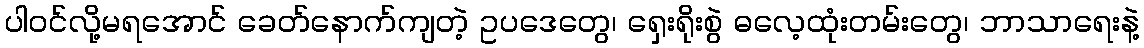
ပါဝင်လို့မရအောင် ခေတ်နောက်ကျတဲ့ ဥပဒေတွေ၊ ရှေးရိုးစွဲ ဓလေ့ထုံးတမ်းတွေ၊ ဘာသာရေးနဲ့